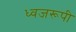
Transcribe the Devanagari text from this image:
ध्वजरूपी